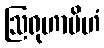
ဩရုဟာမိဟံ